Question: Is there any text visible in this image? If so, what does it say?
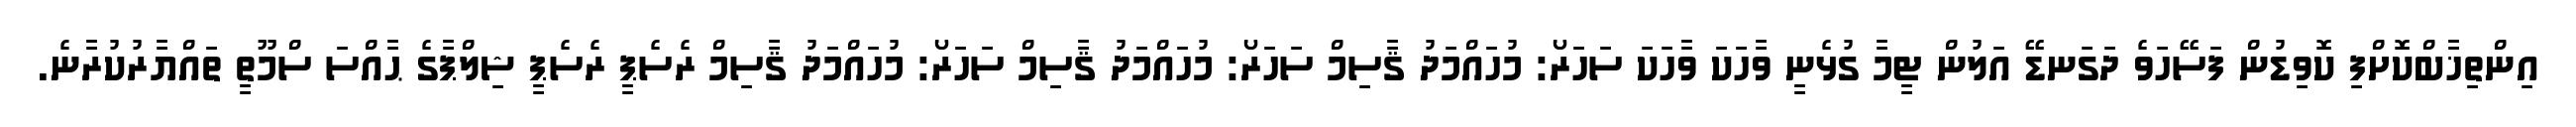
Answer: އިންތިޚާބްކޮށްފި ކޮވިޑުން ފަސޭހަވެ ދަގަނޑޭ އަލުން ޓީމާ ގުޅެނީ ވާހަކަ ވާހަކަ ސަހަރޯ: މުހައްމަދު ޤާސިމް ސަހަރޯ: މުހައްމަދު ޤާސިމް ސަހަރޯ: މުހައްމަދު ޤާސިމް ރެސެޕީ ރެސެޕީ ޝިލްޕާގެ ޙާއްސަ ސްމޫތީ ތައްޔާރުކުރާނެ.